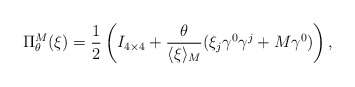
\begin{align*}\Pi_\theta^M(\xi) = \frac12\left(I_{4\times4}+\frac{\theta}{\langle\xi\rangle_M}(\xi_j\gamma^0\gamma^j+M\gamma^0) \right),\end{align*}